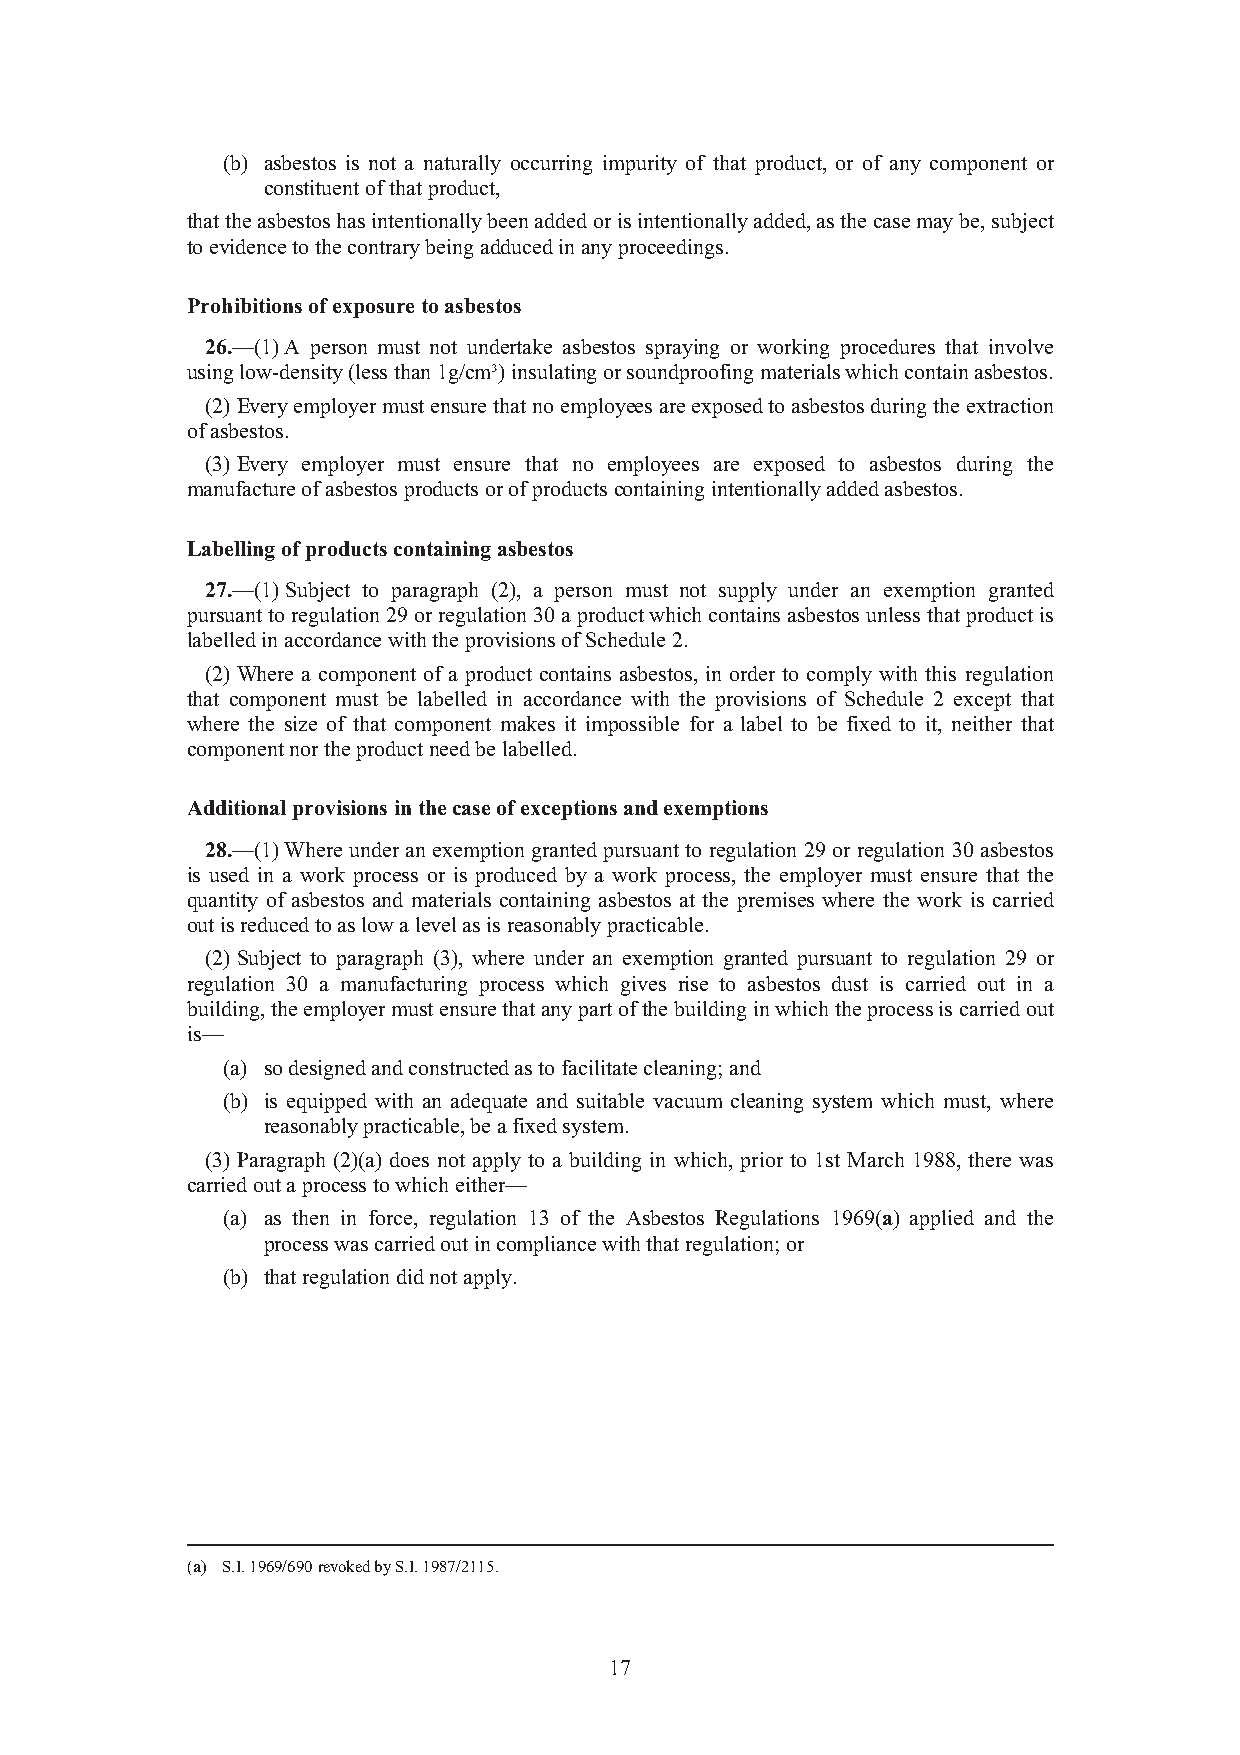
(b) asbestos is not a naturally occurring impurity of that product, or of any component or
 constituent of that product,
 that the asbestos has intentionally been added or is intentionally added, as the case may be, subject
 to evidence to the contrary being adduced in any proceedings.
 Prohibitions of exposure to asbestos
 26.—(1) A person must not undertake asbestos spraying or working procedures that involve
 using low-density (less than 1g/cm³) insulating or soundproofing materials which contain asbestos.
 (2) Every employer must ensure that no employees are exposed to asbestos during the extraction
 of asbestos.
 (3) Every employer must ensure that no employees are exposed to asbestos during the
 manufacture of asbestos products or of products containing intentionally added asbestos.
 Labelling of products containing asbestos
 27.—(1) Subject to paragraph (2), a person must not supply under an exemption granted
 pursuant to regulation 29 or regulation 30 a product which contains asbestos unless that product is
 labelled in accordance with the provisions of Schedule 2.
 (2) Where a component of a product contains asbestos, in order to comply with this regulation
 that component must be labelled in accordance with the provisions of Schedule 2 except that
 where the size of that component makes it impossible for a label to be fixed to it, neither that
 component nor the product need be labelled.
 Additional provisions in the case of exceptions and exemptions
 28.—(1) Where under an exemption granted pursuant to regulation 29 or regulation 30 asbestos
 is used in a work process or is produced by a work process, the employer must ensure that the
 quantity of asbestos and materials containing asbestos at the premises where the work is carried
 out is reduced to as low a level as is reasonably practicable.
 (2) Subject to paragraph (3), where under an exemption granted pursuant to regulation 29 or
 regulation 30 a manufacturing process which gives rise to asbestos dust is carried out in a
 building, the employer must ensure that any part of the building in which the process is carried out
 is—
 (a) so designed and constructed as to facilitate cleaning; and
 (b) is equipped with an adequate and suitable vacuum cleaning system which must, where
 reasonably practicable, be a fixed system.
 (3) Paragraph (2)(a) does not apply to a building in which, prior to 1st March 1988, there was
 carried out a process to which either—
 (a) as then in force, regulation 13 of the Asbestos Regulations 1969(a) applied and the
 process was carried out in compliance with that regulation; or
 (b) that regulation did not apply.
 (a) S.I. 1969/690 revoked by S.I. 1987/2115.
 17